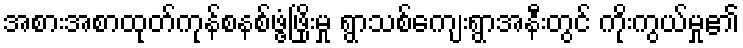
အစားအစာထုတ်ကုန်စနစ်ဖွံ့ဖြိုးမှု ရွာသစ်ကျေးရွာအနီးတွင် ကိုးကွယ်မှု၏